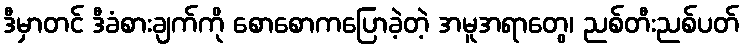
ဒီမှာတင် ဒီခံစားချက်ကို စောစောကပြောခဲ့တဲ့ အမူအရာတွေ၊ ညစ်တီးညစ်ပတ်